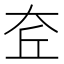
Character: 𡘄